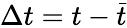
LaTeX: \Delta t=t-\bar{t}